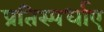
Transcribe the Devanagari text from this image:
प्रतिस्पर्धाए